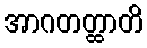
အာဂတတ္ထာတိ